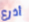
أذرع